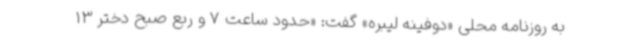
به روزنامه محلی «دوفینه لیبره» گفت: «حدود ساعت 7 و ربع صبح دختر 13